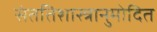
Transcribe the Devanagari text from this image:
संततिशास्त्रानुमोदित